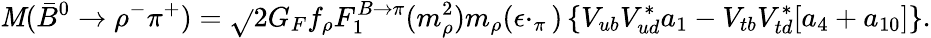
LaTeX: \mathit{M}(\bar{{B}}^{0}\to\rho^{-}\pi^{+})=\sqrt{}{{2}}G_{F}f_{\rho}F_{1}^{B\to\pi}(m_{\rho}^{2})m_{\rho}(\epsilon\cdotp_{\pi})\left\{ V_{ub}V_{ud}^{*}a_{1}-V_{tb}V_{td}^{*}[a_{4}+a_{10}]\right\} .